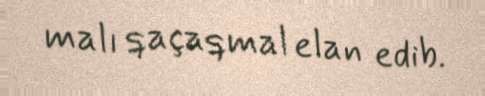
malı qaçaqmal elan edib.